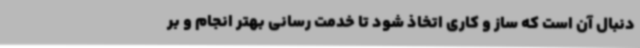
دنبال آن است که ساز و کاری اتخاذ شود تا خدمت رسانی بهتر انجام و بر